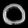
Digit: ၀